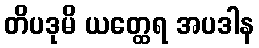
တိပဒုမိ ယတ္ထေရ အပဒါန